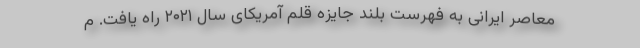
معاصر ایرانی به فهرست بلند جایزه قلم آمریکای سال ۲۰۲۱ راه یافت. م